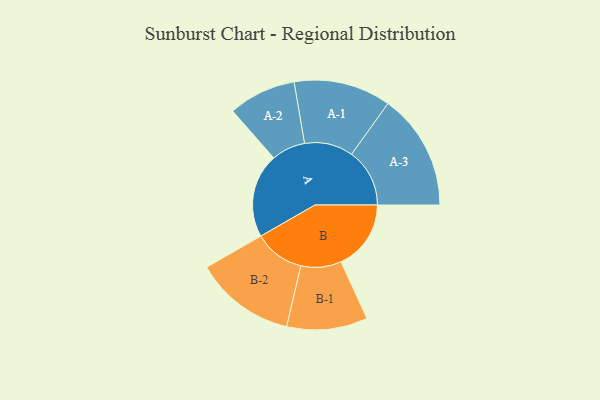
{"axis": {"x": "Segment", "y": "Value"}, "legend": ["", "A", "B"], "data": [{"x": "A", "y": 433, "type": ""}, {"x": "B", "y": 360, "type": ""}, {"x": "A-1", "y": 250, "type": "A"}, {"x": "A-2", "y": 174, "type": "A"}, {"x": "A-3", "y": 299, "type": "A"}, {"x": "B-1", "y": 208, "type": "B"}, {"x": "B-2", "y": 259, "type": "B"}]}